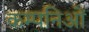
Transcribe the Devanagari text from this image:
कम्पनिओं